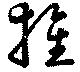
推